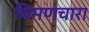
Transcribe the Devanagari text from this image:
चिमणचारा